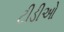
ટીડીઓ